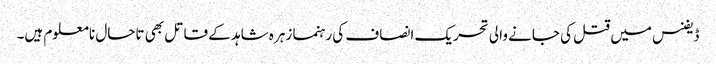
ڈیفنس میں قتل کی جانے والی تحریک انصاف کی رہنما زہرہ شاہد کے قاتل بھی تاحال نامعلوم ہیں۔